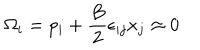
LaTeX: \Omega _ { i } = p _ { i } + \frac { B } { 2 } \epsilon _ { i j } x _ { j } \approx 0